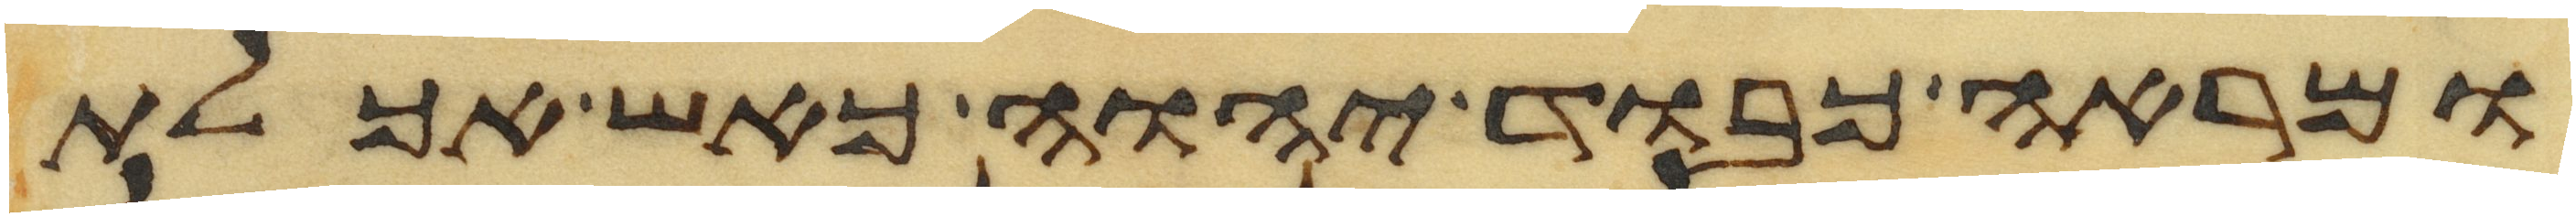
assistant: ומראה כבוד יהוה כאש אכלת